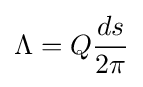
\Lambda =Q{\frac {ds}{2\pi }}